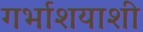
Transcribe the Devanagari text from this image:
गर्भाशयाशी